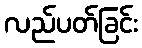
လည်ပတ်ခြင်း